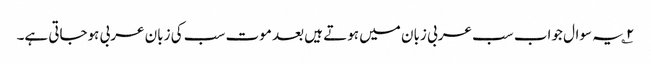
۲؎ یہ سوال جواب سب عربی زبان میں ہوتے ہیں بعد موت سب کی زبان عربی ہوجاتی ہے۔